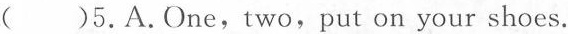
( )5.A.One,two,put on your shoes.